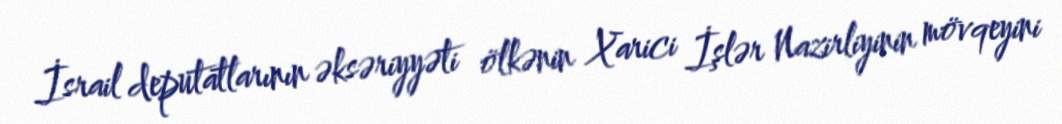
İsrail deputatlarının əksəriyyəti ölkənin Xarici İşlər Nazirliyinin mövqeyini